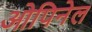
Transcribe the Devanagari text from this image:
ओपिनेल